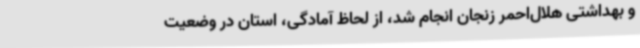
و بهداشتی هلال‌احمر زنجان انجام شد، از لحاظ آمادگی، استان در وضعیت